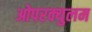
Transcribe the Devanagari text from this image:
ओपरक्युलम